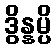
ဒွိန္နမ္ပိ